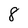
Character: 8